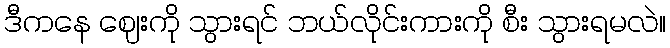
ဒီကနေ ဈေးကို သွားရင် ဘယ်လိုင်းကားကို စီး သွားရမလဲ။